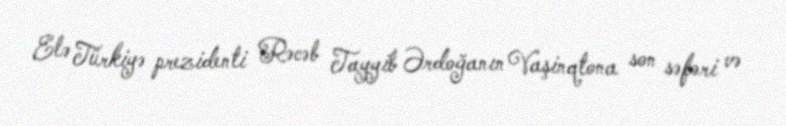
Elə Türkiyə prezidenti Rəcəb Tayyib Ərdoğanın Vaşinqtona son səfəri və